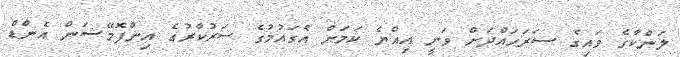
ލަންކާގެ ވައިގެ ސަރަހައްދަށް ވަނީ އިއްޔެ ކަމަށް އެގައުމުގެ ސަރުކާރުގެ އިންފޮމޭޝަން އެންޑް